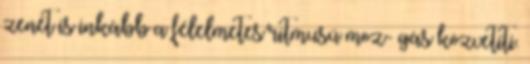
zenét is inkább a félelmetes ritmusú moz- gás közvetíti.